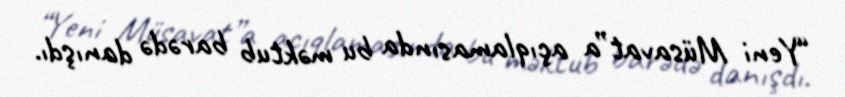
“Yeni Müsavat”a açıqlamasında bu məktub barədə danışdı.